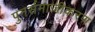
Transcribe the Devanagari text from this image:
पुनर्समाजीकरण